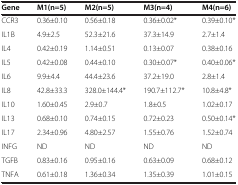
| Gene | M1(n=5) | M2(n=5) | M3(n=4) | M4(n=6) |
 | --- | --- | --- | --- | --- |
 | CCR3 | 0.36±0.10 | 0.56±0.18 | 0.36±0.02* | 0.39±0.10* |
 | IL1B | 4.9±2.5 | 52.3±21.6 | 37.3±14.9 | 2.7±1.4 |
 | IL4 | 0.42±0.19 | 1.14±0.51 | 0.13±0.07 | 0.38±0.16 |
 | IL5 | 0.42±0.08 | 0.44±0.10 | 0.30±0.07* | 0.40±0.06* |
 | IL6 | 9.9±4.4 | 44.4±23.6 | 37.2±19.0 | 2.8±1.4 |
 | IL8 | 42.8±33.3 | 328.0±144.4* | 190.7±112.7* | 10.8±4.8* |
 | IL10 | 1.60±0.45 | 2.9±0.7 | 1.8±0.5 | 1.02±0.17 |
 | IL13 | 0.68±0.10 | 0.74±0.15 | 0.72±0.23 | 0.50±0.14* |
 | IL17 | 2.34±0.96 | 4.80±2.57 | 1.55±0.76 | 1.52±0.74 |
 | INFG | ND | ND | ND | ND |
 | TGFB | 0.83±0.16 | 0.95±0.16 | 0.63±0.09 | 0.68±0.12 |
 | TNFA | 0.61±0.18 | 1.36±0.34 | 1.35±0.39 | 1.01±0.15 |